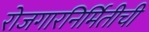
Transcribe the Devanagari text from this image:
रोजगारनिर्मितीची